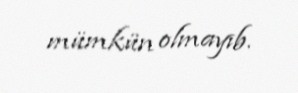
mümkün olmayıb.